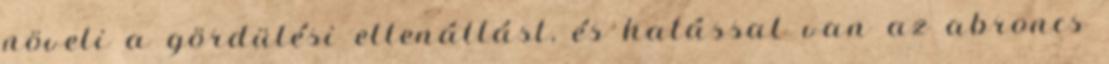
növeli a gördülési ellenállást, és hatással van az abroncs